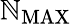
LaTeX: \mathbb{N}_{\mathrm{{MAX}}}